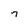
Character: 7